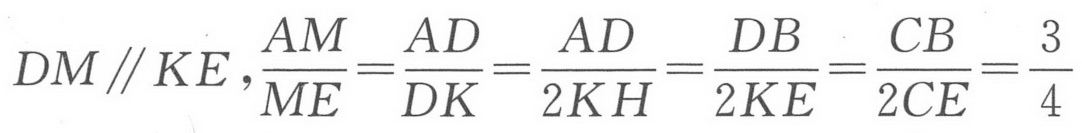
$DM\parallel KE,\frac{AM}{ME}=\frac{AD}{DK}=\frac{AD}{2KH}=\frac{DB}{2KE}=\frac{CB}{2CE}=\frac{3}{4}$